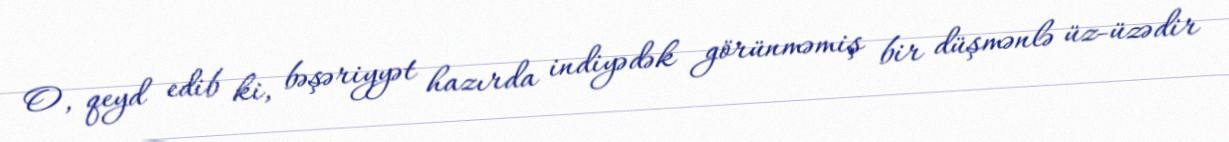
O, qeyd edib ki, bəşəriyyət hazırda indiyədək görünməmiş bir düşmənlə üz-üzədir